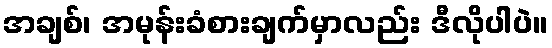
အချစ်၊ အမုန်းခံစားချက်မှာလည်း ဒီလိုပါပဲ။